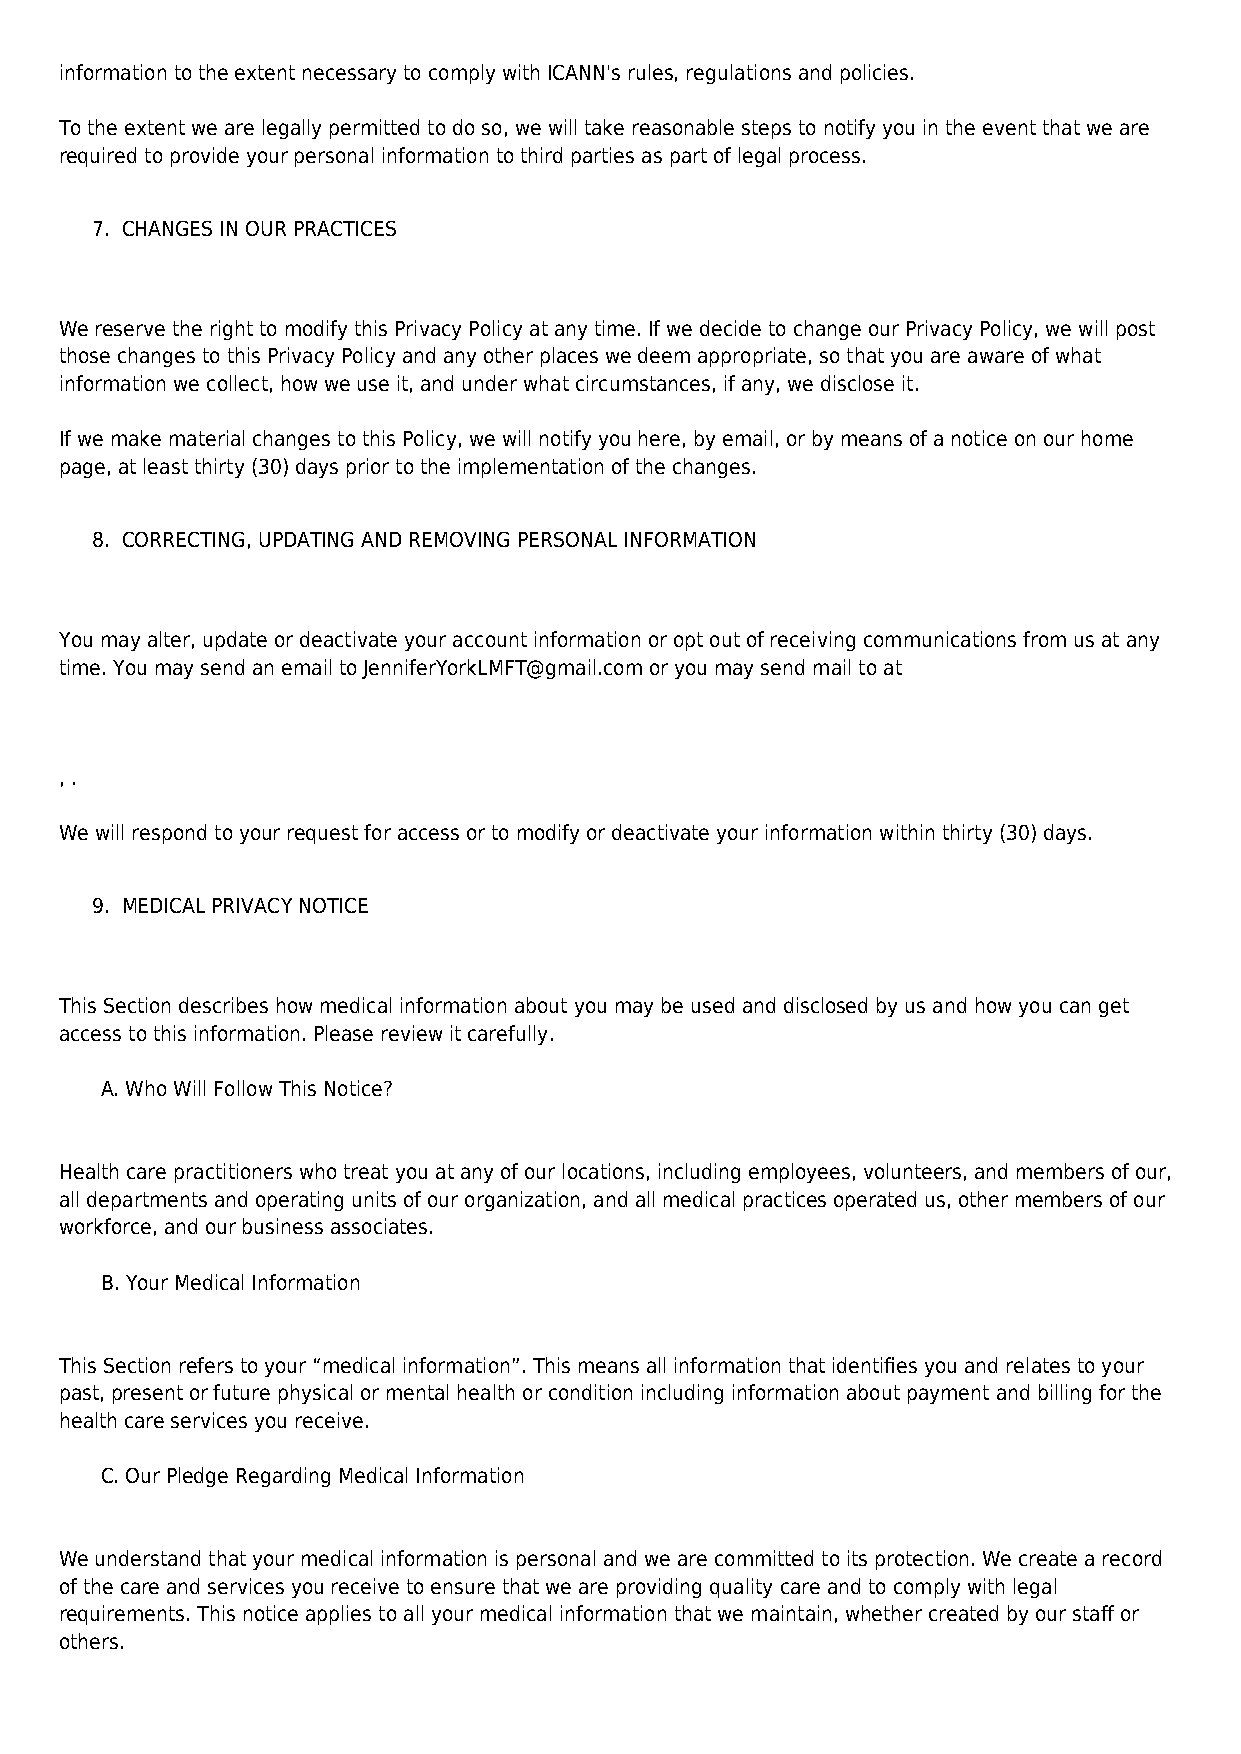
information to the extent necessary to comply with ICANN's rules, regulations and policies.
 To the extent we are legally permitted to do so, we will take reasonable steps to notify you in the event that we are
 required to provide your personal information to third parties as part of legal process.
 7. CHANGES IN OUR PRACTICES
 We reserve the right to modify this Privacy Policy at any time. If we decide to change our Privacy Policy, we will post
 those changes to this Privacy Policy and any other places we deem appropriate, so that you are aware of what
 information we collect, how we use it, and under what circumstances, if any, we disclose it.
 If we make material changes to this Policy, we will notify you here, by email, or by means of a notice on our home
 page, at least thirty (30) days prior to the implementation of the changes.
 8. CORRECTING, UPDATING AND REMOVING PERSONAL INFORMATION
 You may alter, update or deactivate your account information or opt out of receiving communications from us at any
 time. You may send an email to JenniferYorkLMFT@gmail.com or you may send mail to at
 , .
 We will respond to your request for access or to modify or deactivate your information within thirty (30) days.
 9. MEDICAL PRIVACY NOTICE
 This Section describes how medical information about you may be used and disclosed by us and how you can get
 access to this information. Please review it carefully.
 A. Who Will Follow This Notice?
 Health care practitioners who treat you at any of our locations, including employees, volunteers, and members of our,
 all departments and operating units of our organization, and all medical practices operated us, other members of our
 workforce, and our business associates.
 B. Your Medical Information
 This Section refers to your “medical information”. This means all information that identifies you and relates to your
 past, present or future physical or mental health or condition including information about payment and billing for the
 health care services you receive.
 C. Our Pledge Regarding Medical Information
 We understand that your medical information is personal and we are committed to its protection. We create a record
 of the care and services you receive to ensure that we are providing quality care and to comply with legal
 requirements. This notice applies to all your medical information that we maintain, whether created by our staff or
 others.